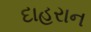
દાહરાન